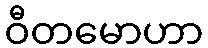
ဝီတမောဟာ